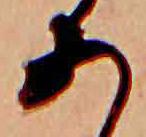
あ